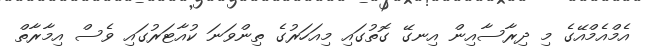
އެމްއެމްއޭގެ މި ދިރާސާއިން އިނގޭ ގޮތުގައި މިއަހަރުގެ ތިންވަނަ ކުއާޓަރުގައި ވެސް އިމާރާތް